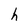
Character: h